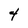
Character: 4